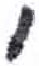
אות: י